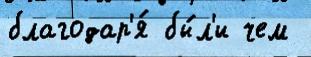
благодар'я́ бы́л'и чем